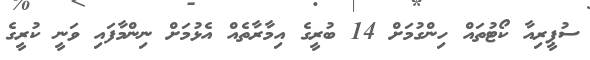
ސުޕީރިއާ ކޯޓުތައް ހިންގުމަށް 14 ބުރީގެ އިމާރާތެއް އެޅުމަށް ނިންމާފައި ވަނީ ކުރީގެ